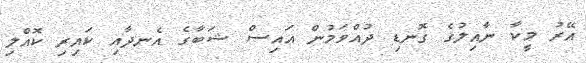
އޭރު މީކާ ނާއިލުގެ ގޮނޑި ދުއްވަމުން އައިސް ޝަބާގެ އެނދާއި ކައިރި ކޮއްލި